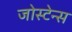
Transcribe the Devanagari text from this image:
जोस्टेन्स